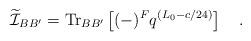
LaTeX: \begin{align*}\widetilde{\cal I}_{BB'} = {\rm Tr}_{BB'} \left[(-)^F q^{(L_0-c/24)}\right]\quad.\end{align*}